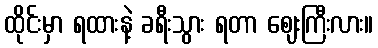
ထိုင်းမှာ ရထားနဲ့ ခရီးသွား ရတာ ဈေးကြီးလား။